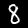
Label: 8